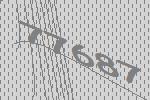
77687